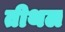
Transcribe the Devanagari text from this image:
तीथल